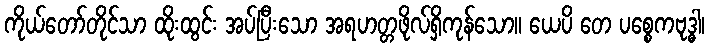
ကိုယ်တော်တိုင်သာ ထိုးထွင်း အပ်ပြီးသော အရဟတ္တဖိုလ်ရှိကုန်သော။ ယေပိ တေ ပစ္စေကဗုဒ္ဓါ၊